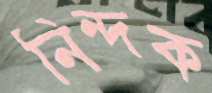
নিন্দক